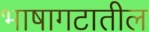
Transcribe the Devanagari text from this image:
भाषागटातील